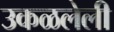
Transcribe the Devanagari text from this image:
उकळलेली